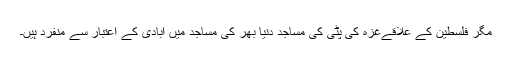
مگر فلسطین کے علاقےغزہ کی پٹی کی مساجد دنیا بھر کی مساجد میں آبادی کے اعتبار سے منفرد ہیں۔